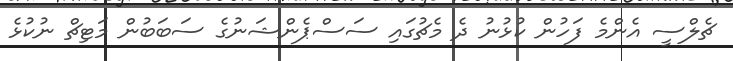
ޗެލްސީ އެންމެ ފަހުން ކުޅުނު ދެ މެޗުގައި ސަސްޕެންޝަނުގެ ސަބަބުން މަޓިޗް ނުކުޅެ